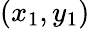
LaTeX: (x_{1},y_{1})